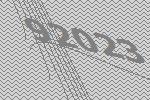
92023